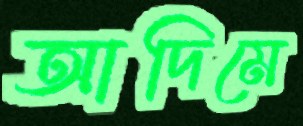
আদিমে